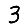
Digit: 3